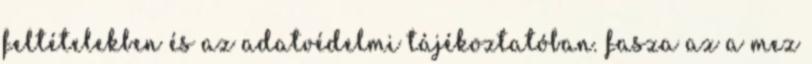
feltételekben és az adatvédelmi tájékoztatóban. fasza az a mez